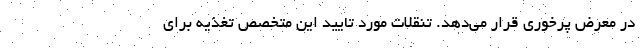
در معرض پرخوری قرار می‌دهد. تنقلات مورد تایید این متخصص تغذیه برای